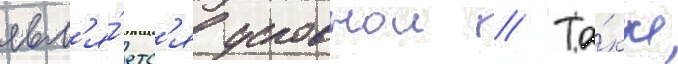
явл'я́етс'я условнои // Та́кже